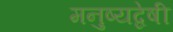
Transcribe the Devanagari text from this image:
मनुष्यद्वेषी